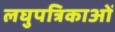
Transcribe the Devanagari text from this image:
लघुपत्रिकाओं